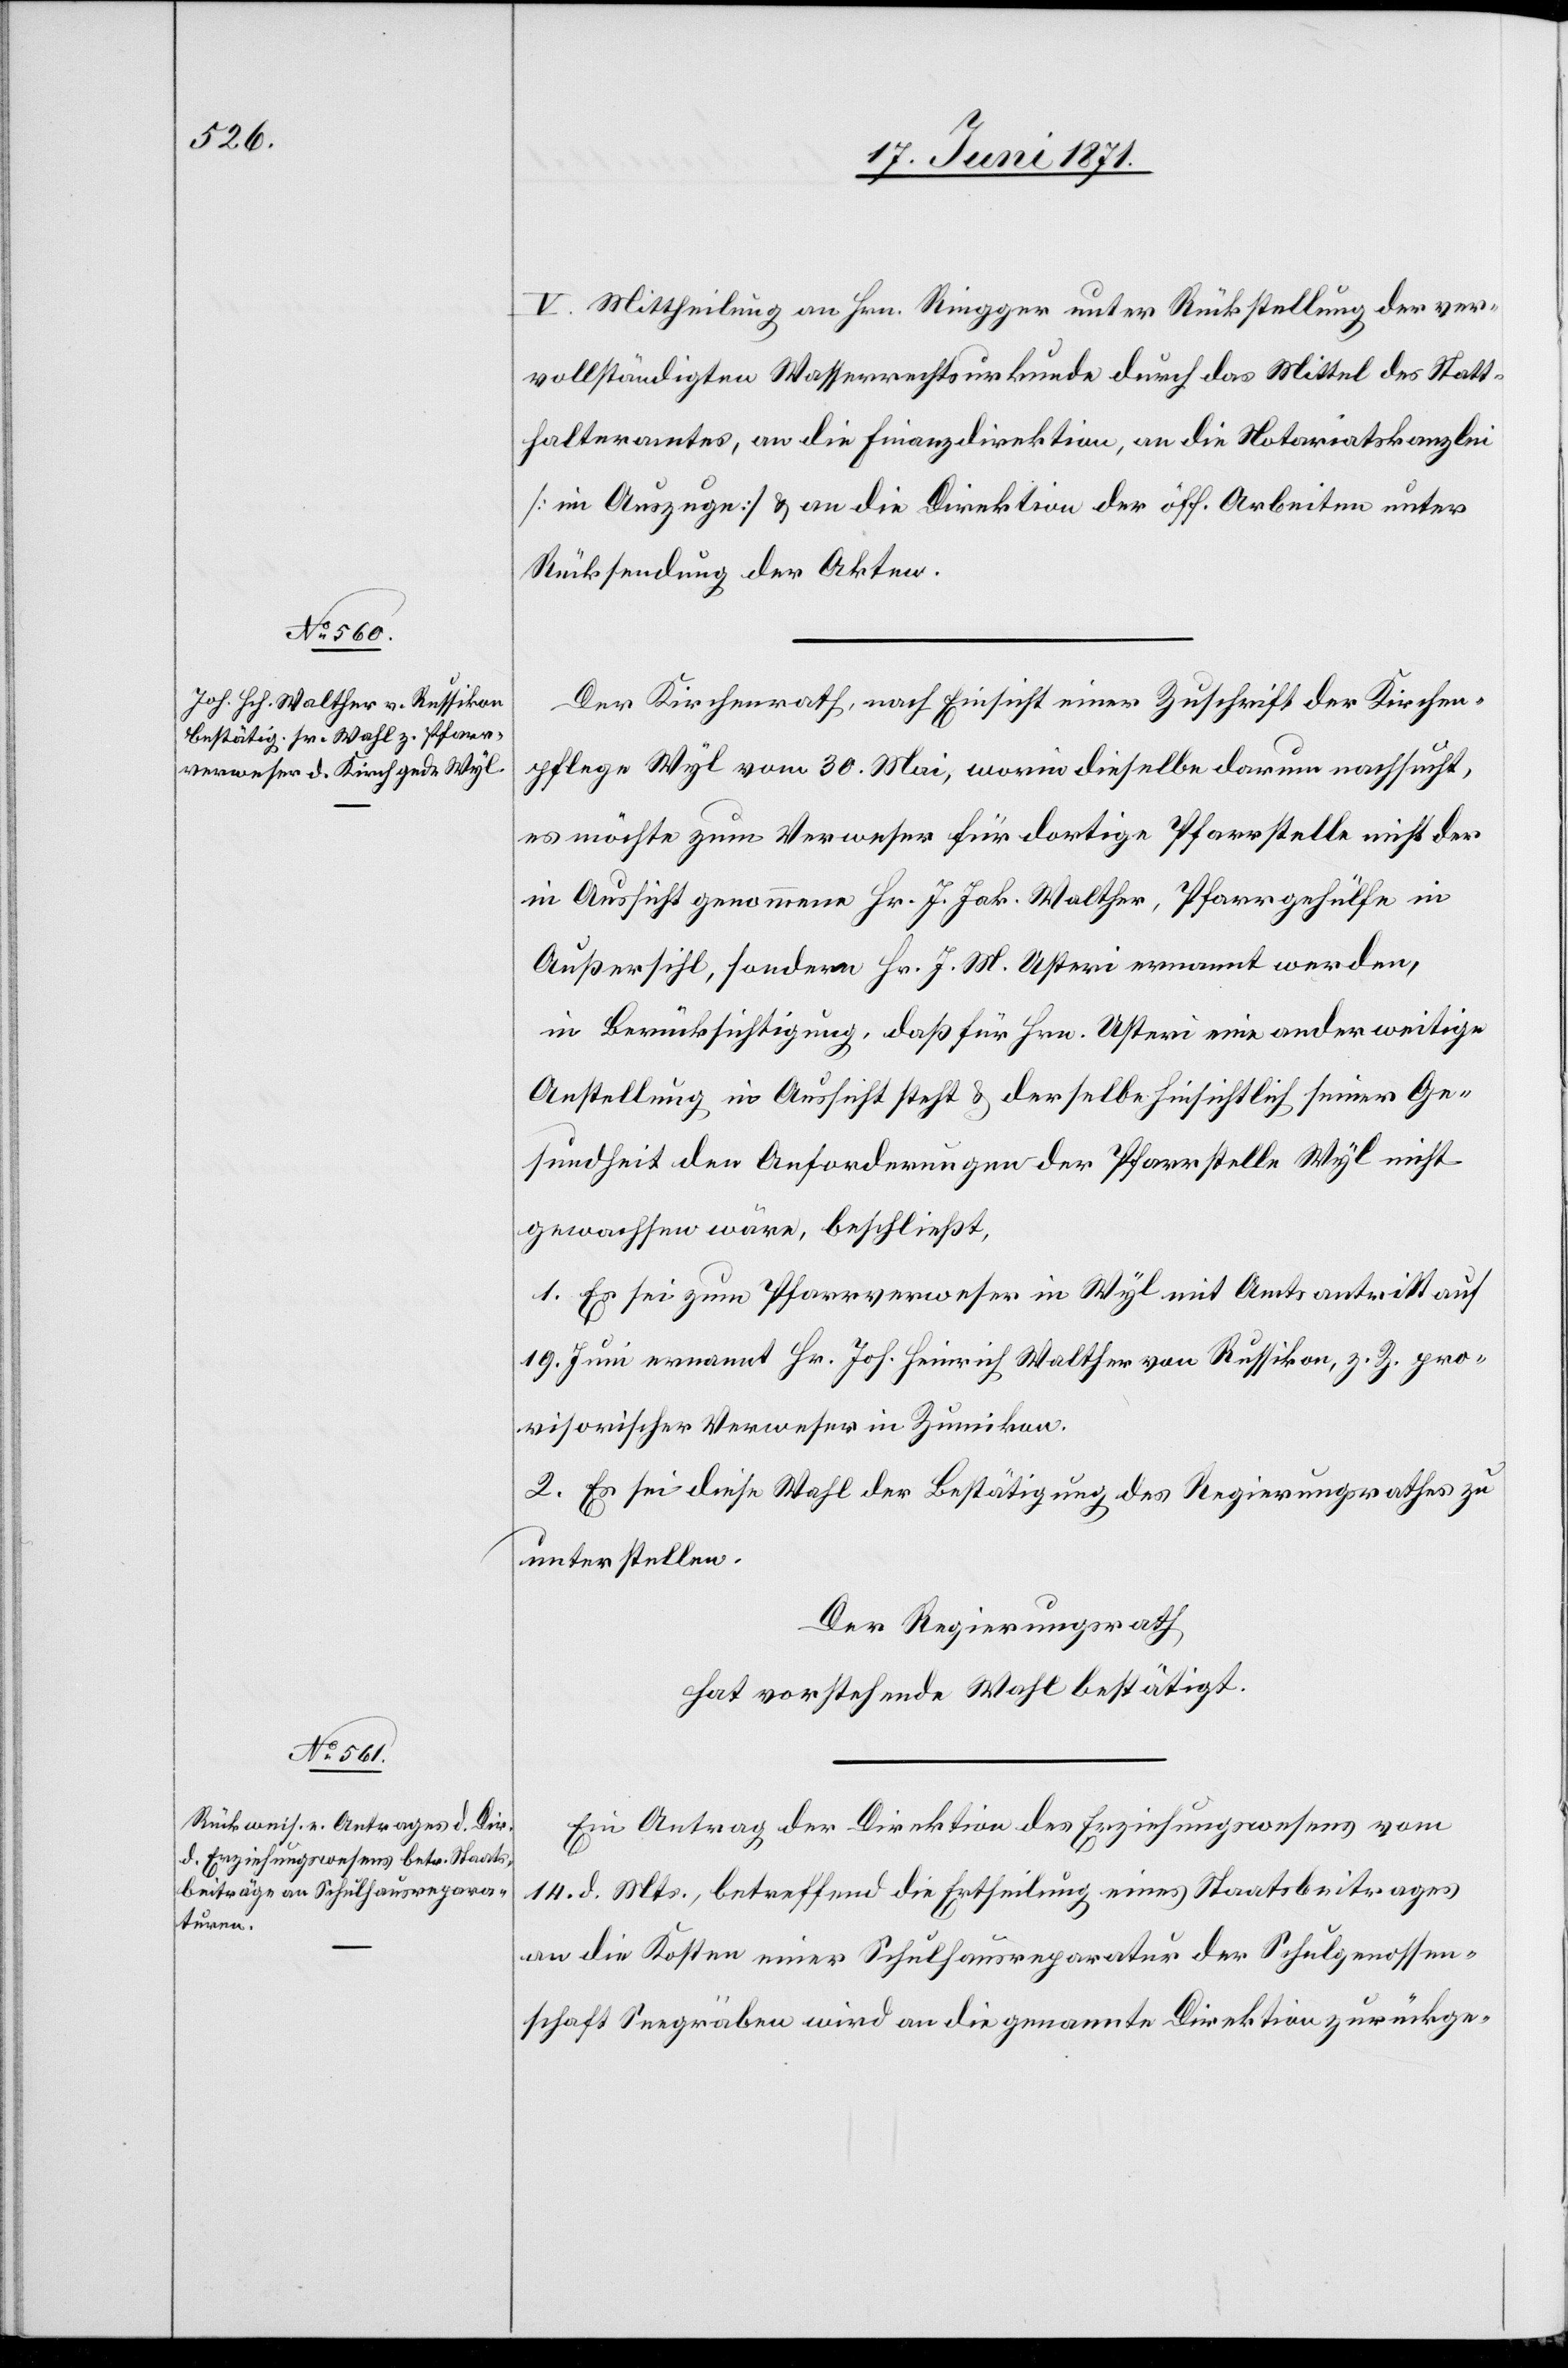
V. Mittheilung an Hrn. Ringger unter Rückstellung der ver¬
vollständigten Wasserrechtsurkunde durch das Mittel des Statt¬
halteramtes, an die Finanzdirektion, an die Notariatskanzlei
[im Auszuge] u. an die Direktion der öff. Arbeiten unter
Rücksendung der Akten.
Der Kirchenrath, nach Einsicht einer Zuschrift der Kirchen¬
pflege Wyl vom 30. Mai, worin dieselbe darum nachsucht,
es möchte zum Verweser für dortige Pfarrstelle nicht der
in Aussicht genommene Hr. J. Jak. [sic!] Walther, Pfarrgehülfe in
Außersihl, sondern Hr. J. M. Usteri ernannt werden,
in Berücksichtigung, daß für Hrn. Usteri eine anderweitige
Anstellung in Aussicht steht u. derselbe hinsichtlich seiner Ge¬
sundheit den Anforderungen der Pfarrstelle Wyl nicht
gewachsen wäre, beschließt,
1. Es sei zum Pfarrverweser in Wyl mit Amtsantritt auf
19. Juni ernannt Hr. Joh. Heinrich Walther von Russikon, z. Z. pro¬
visorischer Verweser in Zumikon.
2. Es sei diese Wahl der Bestätigung des Regierungsrathes zu
unterstellen.
Ein Antrag der Direktion des Erziehungswesens vom
14. d. Mts., betreffend die Ertheilung eines Staatsbeitrages
an die Kosten einer Schulhausreparatur der Schulgenossen¬
schaft Seegräben wird an die genannte Direktion zurückge-